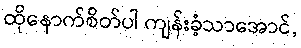
ထိုနောက်စိတ်ပါ ကျန်းခံ့သာအောင်,